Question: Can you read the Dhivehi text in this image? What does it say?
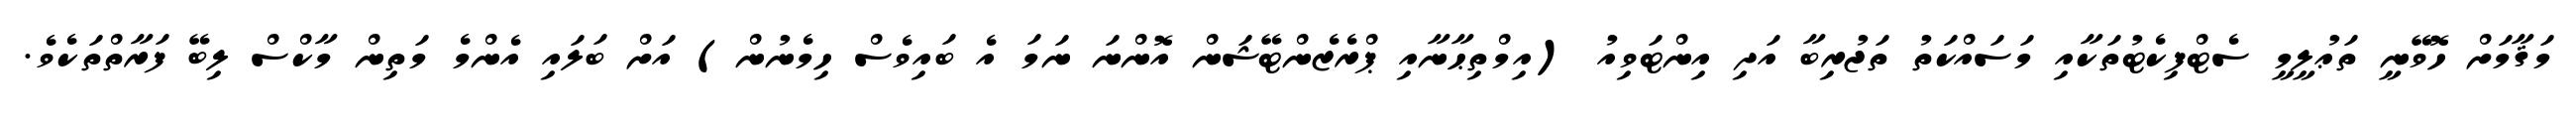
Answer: މަޤާމަށް ހޮވޭނީ ތަޢުލީމީ ސެޓްފިކެޓުތަކާއި މަސައްކަތު ތަޖުރިބާ އަދި އިންޓަވިއު (އިމްތިޙާނާއި ޕްރެޒެންޓޭޝަން އޮންނަ ނަމަ އެ ބައިވެސް ހިމެނުން) އަށް ބަލައި އެންމެ މަތިން މާކްސް ލިބޭ ފަރާތްތަކެވެ.